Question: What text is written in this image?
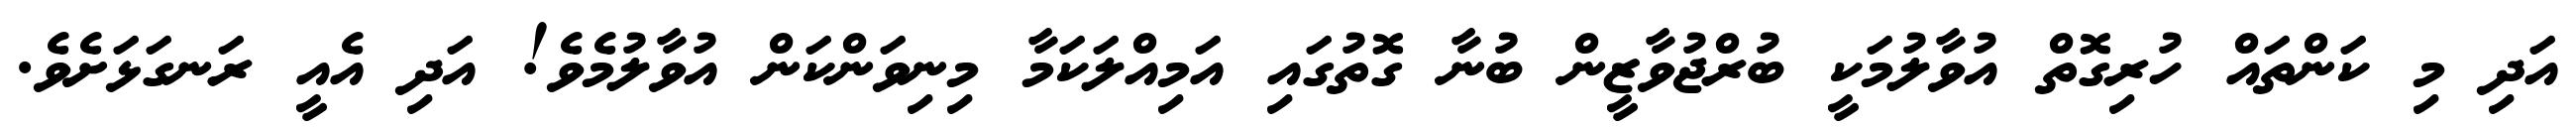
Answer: އަދި މި ކަންތައް ހުރިގޮތް އުވާލުމަކީ ބުރްޖުވާޒީން ބުނާ ގޮތުގައި އަމިއްލަކަމާ މިނިވަންކަން އުވާލުމެވެ! އަދި އެއީ ރަނގަޅަށެވެ.